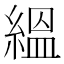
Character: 縕